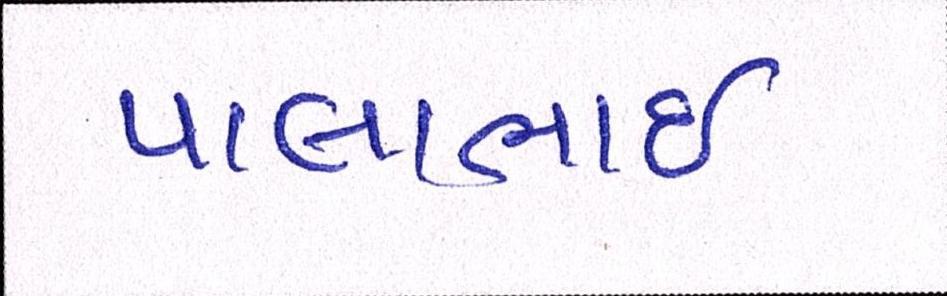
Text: પાલાભાઇ